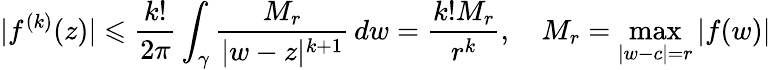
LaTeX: |f^{(k)}(z)|\leqslant{\frac{k!}{2\pi}}\int_{\gamma}{\frac{M_{r}}{|w-z|^{k+1}}}\, dw={\frac{k!M_{r}}{r^{k}}},\quad M_{r}=\operatorname*{max}_{|w-c|=r}|f(w)|